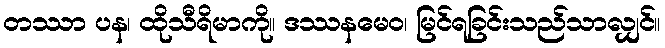
တဿာ ပန၊ ထိုသီရိမာကို။ ဒဿနမေဝ၊ မြင်ရခြင်းသည်သာလျှင်။